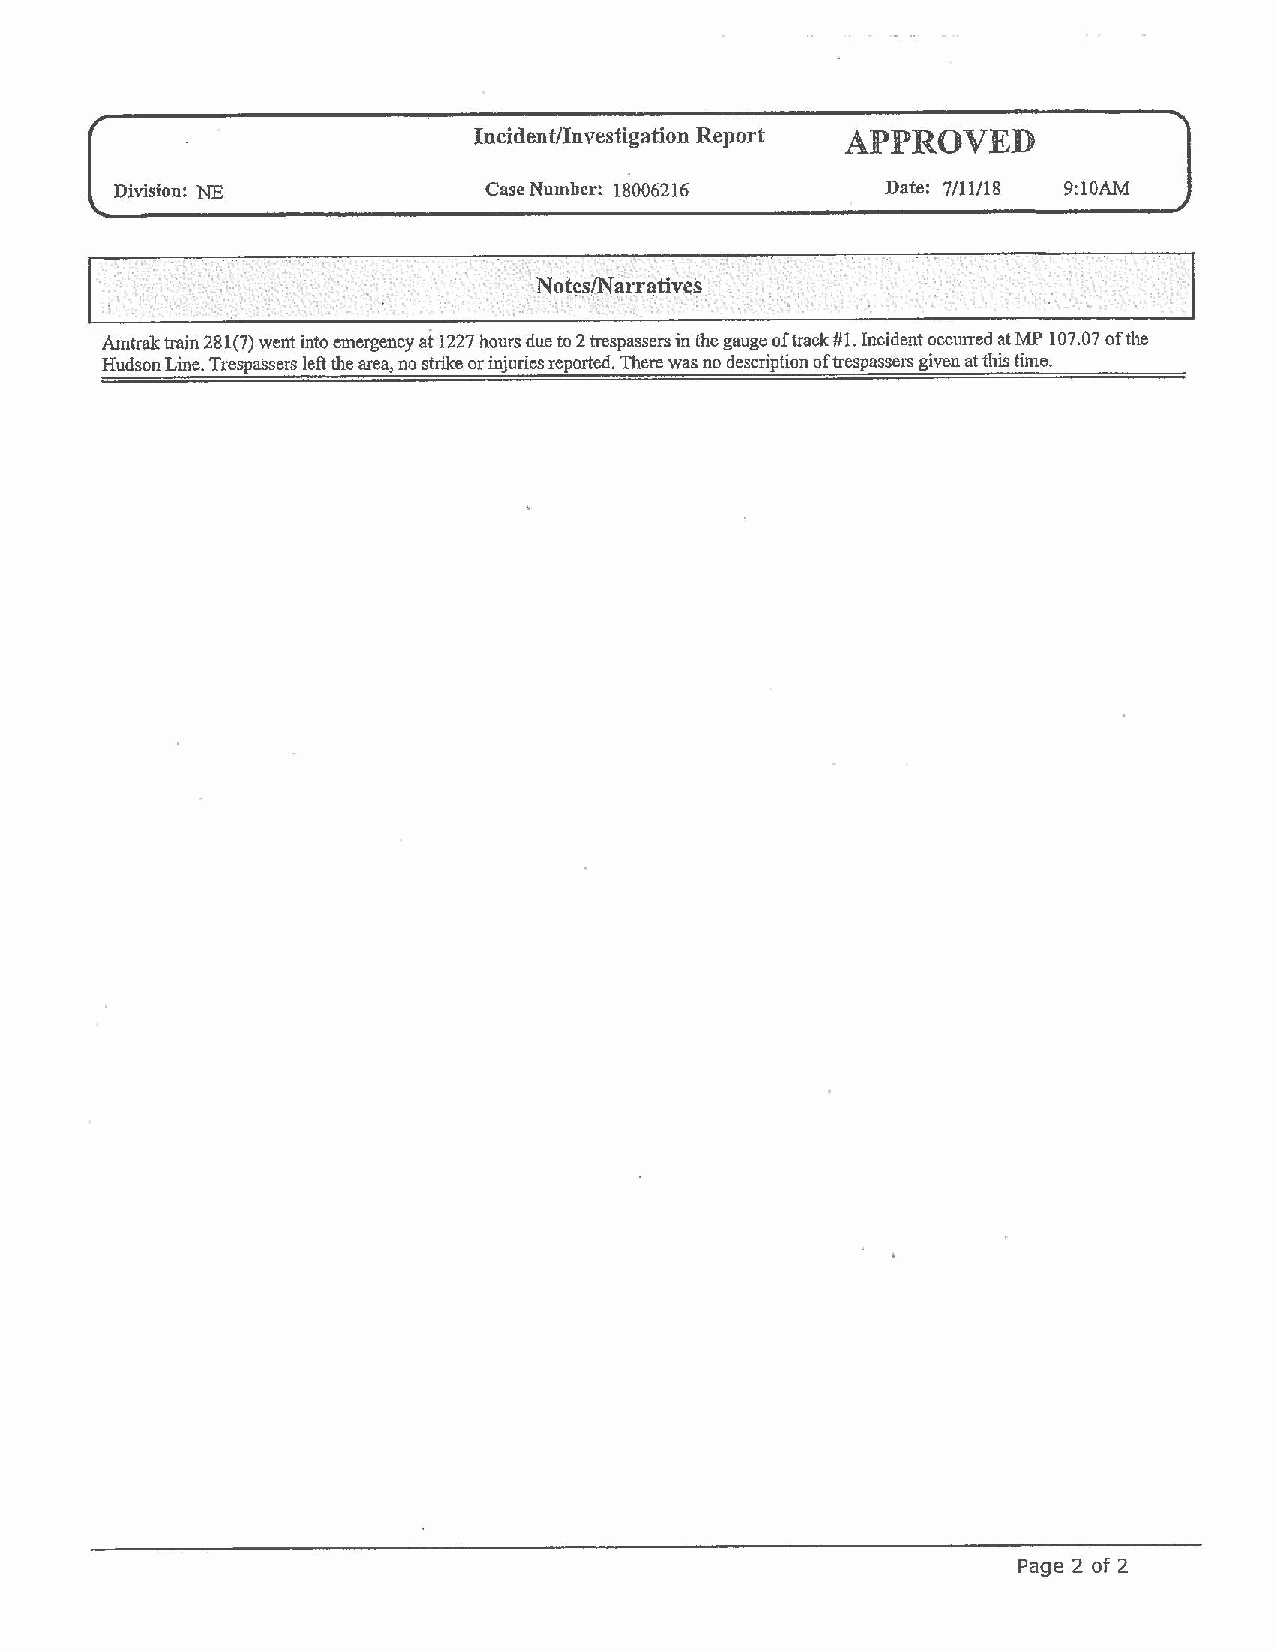
,
 Incident/Investigation Report APPROVED
 Division: NE            Case Number: 18006216      Date: 7/11/18 9:10AM
 ,J
 '• I '
 . •. ,.
 ... ~
 •. ·.   Notes~a rra_tives'
 I
 Amtrak train 281(7) went into emergency at 1227 hours due to 2 trespassers in the gauge of track #1. Incident occurred at MP 107.07 of the
 Hudson Line. Trespassers left the area, no strike or injuries reported. There was no description of trespassers given at this time.
 Page 2 of 2